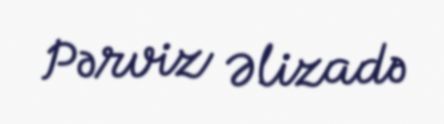
Pərviz Əlizadə